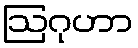
ဩဂုဟာ